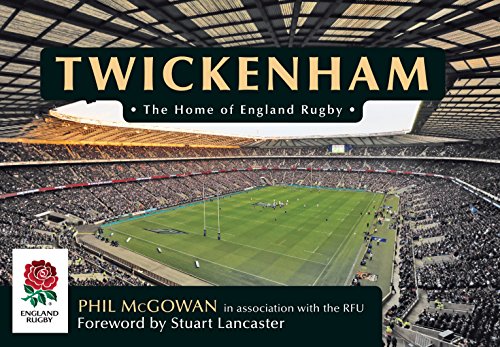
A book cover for Twickenham: An Official Pictorial History; Phil McGowan; Sports & Outdoors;